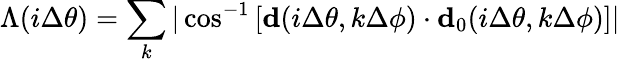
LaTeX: \Lambda(i\Delta\theta)=\sum_{k}|\cos^{-1}\left[\textbf{d}(i\Delta\theta,k\Delta\phi)\cdot\textbf{d}_{0}(i\Delta\theta,k\Delta\phi)\right]|